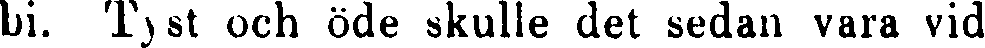
bi. Tyst och öde skulle det sedan vara vid